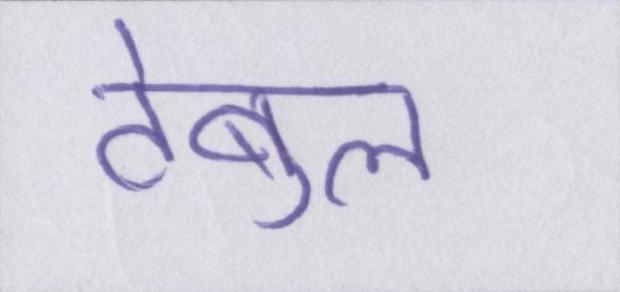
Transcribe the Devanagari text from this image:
टेबुल